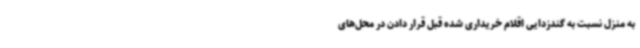
به منزل نسبت به گندزدایی اقلام خریداری‌ شده قبل قرار دادن در محل‌های